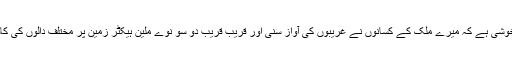
مجھے خوشی ہے کہ میرے ملک کے کسانوں نے غریبوں کی آواز سنی اور قریب قریب دو سو نوے ملین ہیکٹر زمین پر مختلف دالوں کی کاشت کی۔